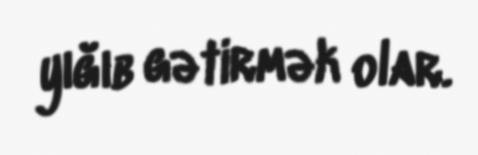
yığıb gətirmək olar.